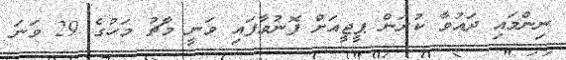
ނިންމައި ދައުވާ ކުރަން ޕީޖީއަށް ފޮނުވާފައި ވަނީ މާޗު މަހުގެ 29 ވަނަ